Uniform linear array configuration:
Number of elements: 12
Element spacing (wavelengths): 0.5
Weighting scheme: uniform
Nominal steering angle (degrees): -30
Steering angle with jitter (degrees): -28.007
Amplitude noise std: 0.05
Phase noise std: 0.05

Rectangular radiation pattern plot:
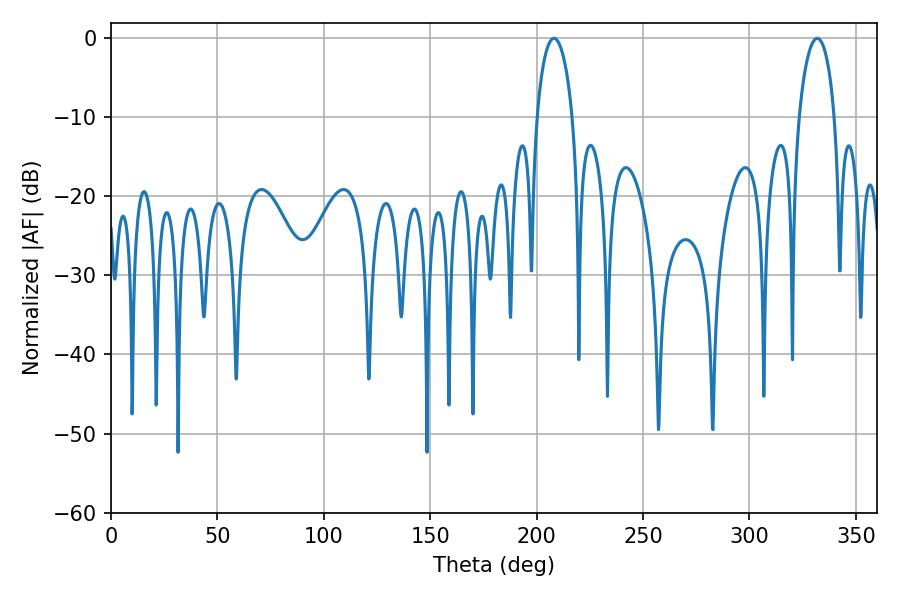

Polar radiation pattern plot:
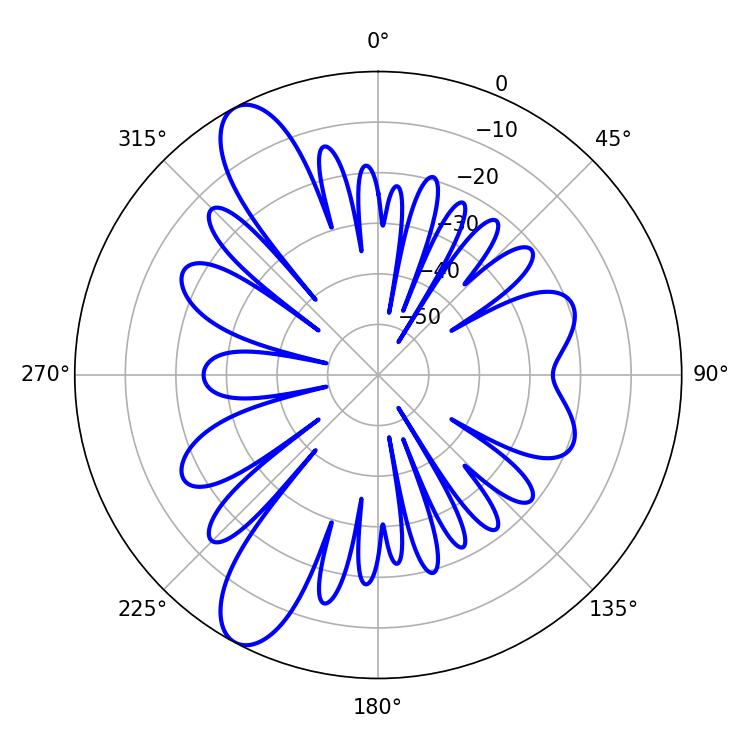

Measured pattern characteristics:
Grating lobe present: FALSE
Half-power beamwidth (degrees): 9.72
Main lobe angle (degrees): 208.08